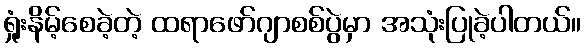
ရှုံးနိမ့်စေခဲ့တဲ့ ထရာဖော်ဂျာစစ်ပွဲမှာ အသုံးပြုခဲ့ပါတယ်။